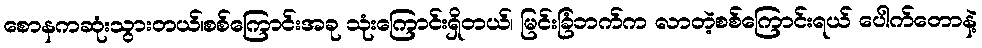
စောနကဆုံးသွားတယ်၊စစ်ကြောင်းအခု သုံးကြောင်းရှိတယ်၊ မြင်းခြံဘက်က လာတဲ့စစ်ကြောင်းရယ် ပေါက်တောနဲ့